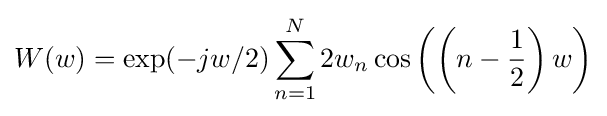
W(w)=\exp(-jw/2)\sum _{n=1}^{N}2w_{n}\cos \left(\left(n-{\frac {1}{2}}\right)w\right)